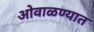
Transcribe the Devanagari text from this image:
ओवाळण्यात